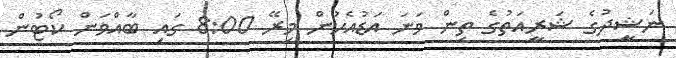
ނަޝީދުގެ ޝަރީއަތުގެ ތިން ވަނަ އަޑުއެހުން މިރޭ 8:00 ގައި ބާއްވަން ކޯޓުން